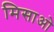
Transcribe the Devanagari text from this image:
मिसाओ